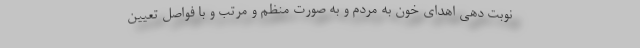
نوبت دهی اهدای خون به مردم و به صورت منظم و مرتب و با فواصل تعیین